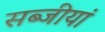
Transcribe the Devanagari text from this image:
सब्जीयां